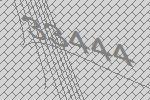
33444